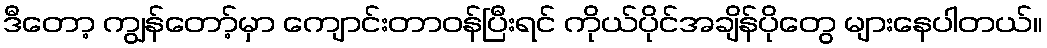
ဒီတော့ ကျွန်တော့်မှာ ကျောင်းတာဝန်ပြီးရင် ကိုယ်ပိုင်အချိန်ပိုတွေ များနေပါတယ်။